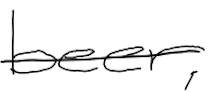
Text: beer,
Cross-out: single-line
Writing tool: digital_black